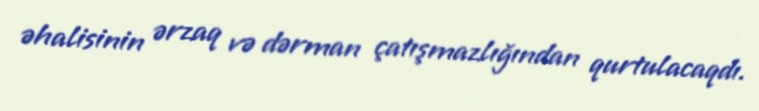
əhalisinin ərzaq və dərman çatışmazlığından qurtulacaqdı.